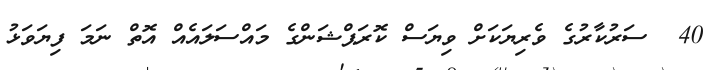
40  ސަރުކާރުގެ ވެރިޔަކަށް ވިޔަސް ކޮރަޕްޝަންގެ މައްސަލައެއް އޮތް ނަމަ ފިޔަވަޅު